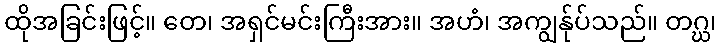
ထိုအခြင်းဖြင့်။ တေ၊ အရှင်မင်းကြီးအား။ အဟံ၊ အကျွန်ုပ်သည်။ တဂ္ဃ၊